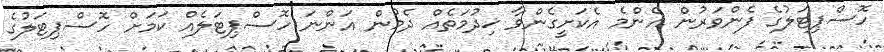
ހޮސްޕިޓަލުގެ ފެންވަރުން އެންމެ އެކަށީގެންވާ ޚިދުމަތެއް ދެމުން އަންނަ ހޮސްޕިޓަލެއް ކަމަށް ހޮސްޕިޓަލުގެ